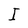
Character: I